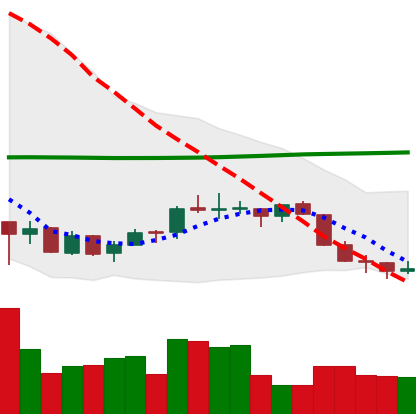
Ticker: EOS-USD
Chart end date: 2018-07-13
Forward return: 23.803%
Label: up_7plus